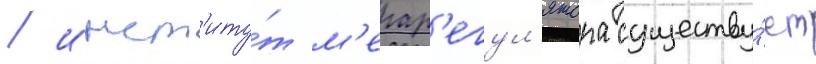
/ инст'иту́т м'егар'егул'ятора существу́ет